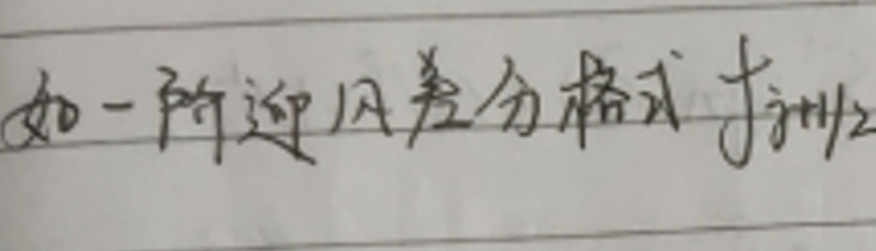
如一阶迎风差分格式所示